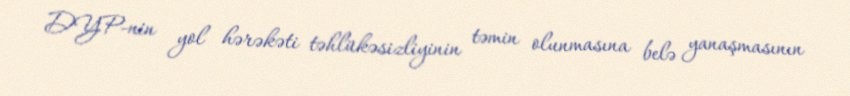
DYP-nin yol hərəkəti təhlükəsizliyinin təmin olunmasına belə yanaşmasının